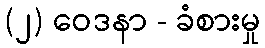
(၂) ဝေဒနာ - ခံစားမှု